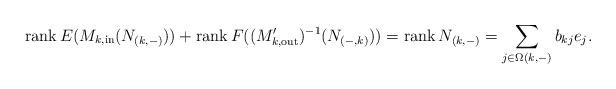
LaTeX: \begin{align*}\operatorname{rank} E(M_{k,\mathrm{in}}(N_{(k,-)})) + \operatorname{rank} {F((M_{k, \mathrm{out}}')^{-1}(N_{(-,k)}))} = \operatorname{rank} N_{(k,-)} = \sum_{j\in \Omega(k,-)} b_{kj}e_j.\end{align*}